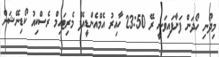
މިދޯނި ހޯދަން ފަށާފައިވަނީ ރޭ 23:50 ހާއިރު އެމްއެންޑީއެފް މެރިޓައިމް ރެސްކިއު ކޯޑިނޭޝަން